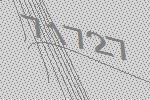
71727